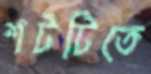
শটটিতে